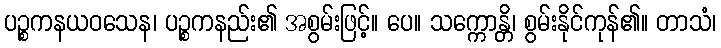
ပဉ္စကနယဝသေန၊ ပဉ္စကနည်း၏ အစွမ်းဖြင့်။ ပေ။ သက္ကောန္တိ၊ စွမ်းနိုင်ကုန်၏။ တာသံ၊